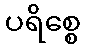
ပရိစ္စေ